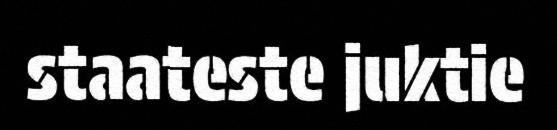
staateste juktie